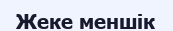
Жеке меншік